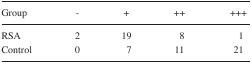
<table><thead><tr><td><b>Group</b></td><td><b>−</b></td><td><b>+</b></td><td><b>++</b></td><td><b>+++</b></td></tr></thead><tbody><tr><td>RSA</td><td>2</td><td>19</td><td>8</td><td>1</td></tr><tr><td>Control</td><td>0</td><td>7</td><td>11</td><td>21</td></tr></tbody></table>